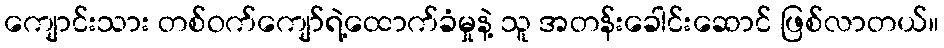
ကျောင်းသား တစ်ဝက်ကျော်ရဲ့ထောက်ခံမှုနဲ့ သူ အတန်းခေါင်းဆောင် ဖြစ်လာတယ်။